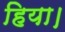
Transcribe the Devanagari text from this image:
हिया।